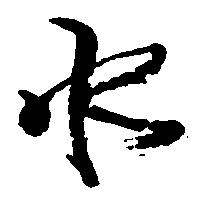
水